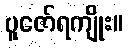
ပူဇော်ရကျိုး။